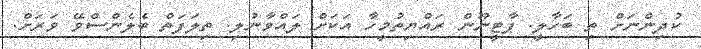
ކުދިންނަށް ތި ބަހާލީ. ޕާޓީނޫން ރައްޔިތުމީހާ އަކަށް ލައްވާނުލި. ތިލަފަތް ބެލެންސްވޭ ވަރަށް.